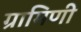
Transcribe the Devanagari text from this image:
ग्रामिणी